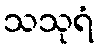
သသုရံ